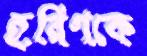
হরিণকে